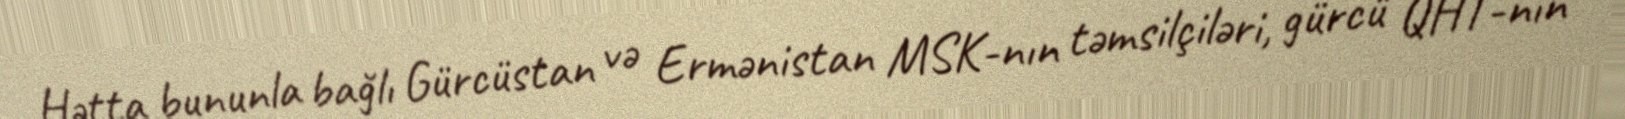
Hətta bununla bağlı Gürcüstan və Ermənistan MSK-nın təmsilçiləri, gürcü QHT-nin